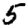
Digit: 5